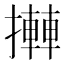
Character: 𢷦